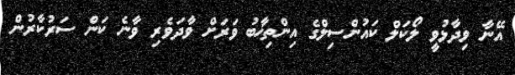
އޭނާ ވިދާޅުވީ ލޯކަލް ކައުންސިލްގެ އިންތިޚާބު ވަރަށް ވާދަވެރި ވާނެ ކަން ސަރުކާރުން